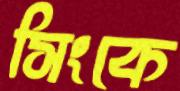
সিংকে